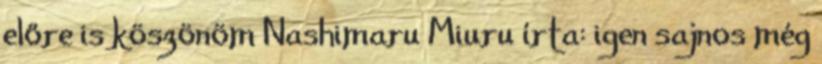
előre is köszönöm Nashimaru Miuru írta: igen sajnos még